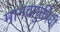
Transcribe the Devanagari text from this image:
मानवमुक्तीची